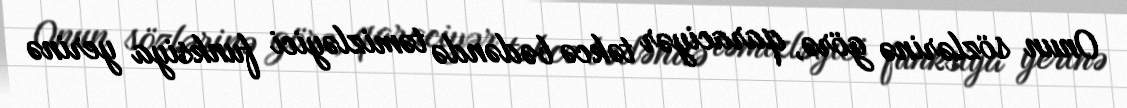
Onun sözlərinə görə, qaraciyər təkcə bədəndə təmizləyici funksiya yerinə